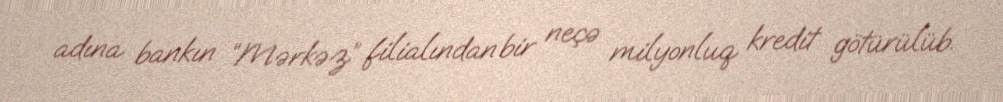
adına bankın “Mərkəz” filialından bir neçə milyonluq kredit götürülüb.